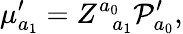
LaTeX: \mu_{a_{1}}^{\prime}=Z_{\; \; a_{1}}^{a_{0}}{\cal P}_{a_{0}}^{\prime},